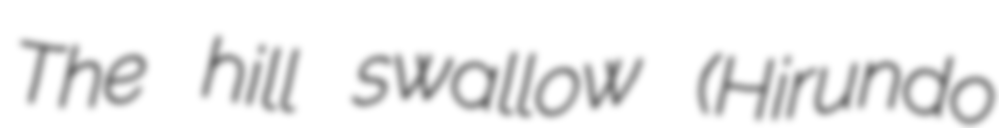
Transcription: The hill swallow (Hirundo